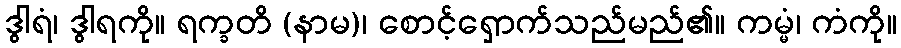
ဒွါရံ၊ ဒွါရကို။ ရက္ခတိ (နာမ)၊ စောင့်ရှောက်သည်မည်၏။ ကမ္မံ၊ ကံကို။